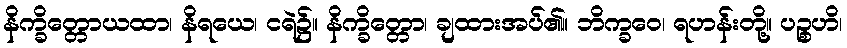
နိက္ခိတ္တောယထာ၊ နိရယေ၊ ငရဲ၌။ နိက္ခိတ္တော၊ ချထားအပ်၏။ ဘိက္ခဝေ၊ ရဟန်းတို့။ ပဉ္စဟိ၊